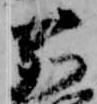
鹿